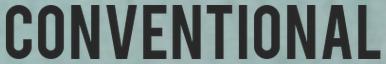
CONVENTIONAL